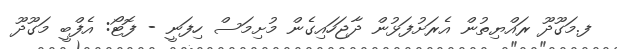
ފ.މަގޫދޫ ރައްޔިތުން އެރަށުފަޅުން ދާޖަހައިގެން މުށިމަސް ހިފަނީ - ފޮޓޯ: އެފްބީ މަގޫދޫ